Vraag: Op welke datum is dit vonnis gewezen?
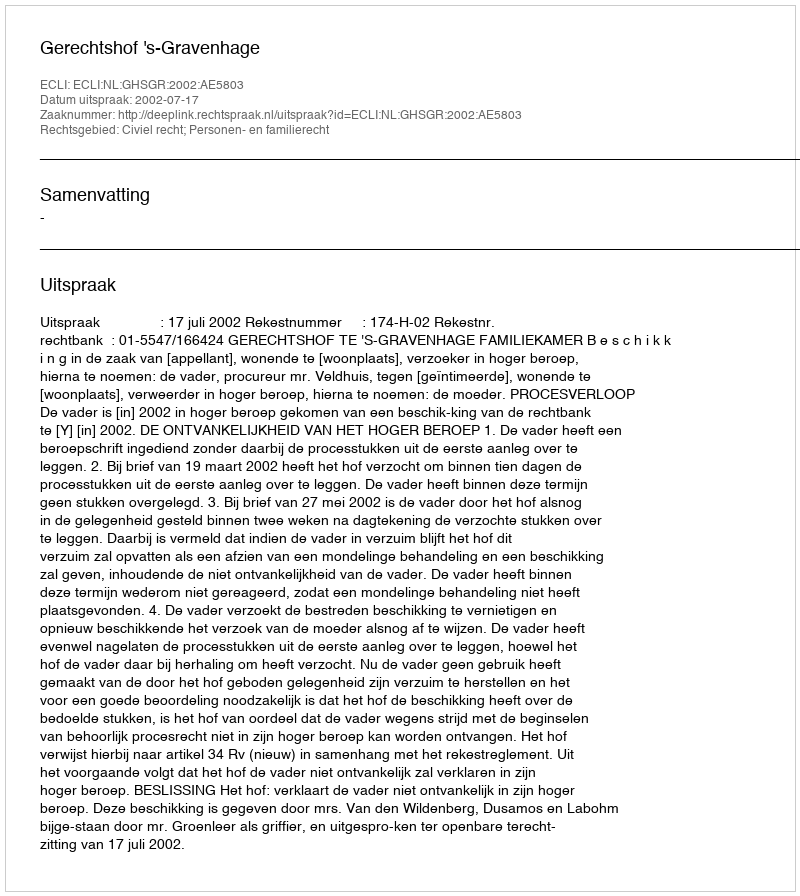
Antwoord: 2002-07-17